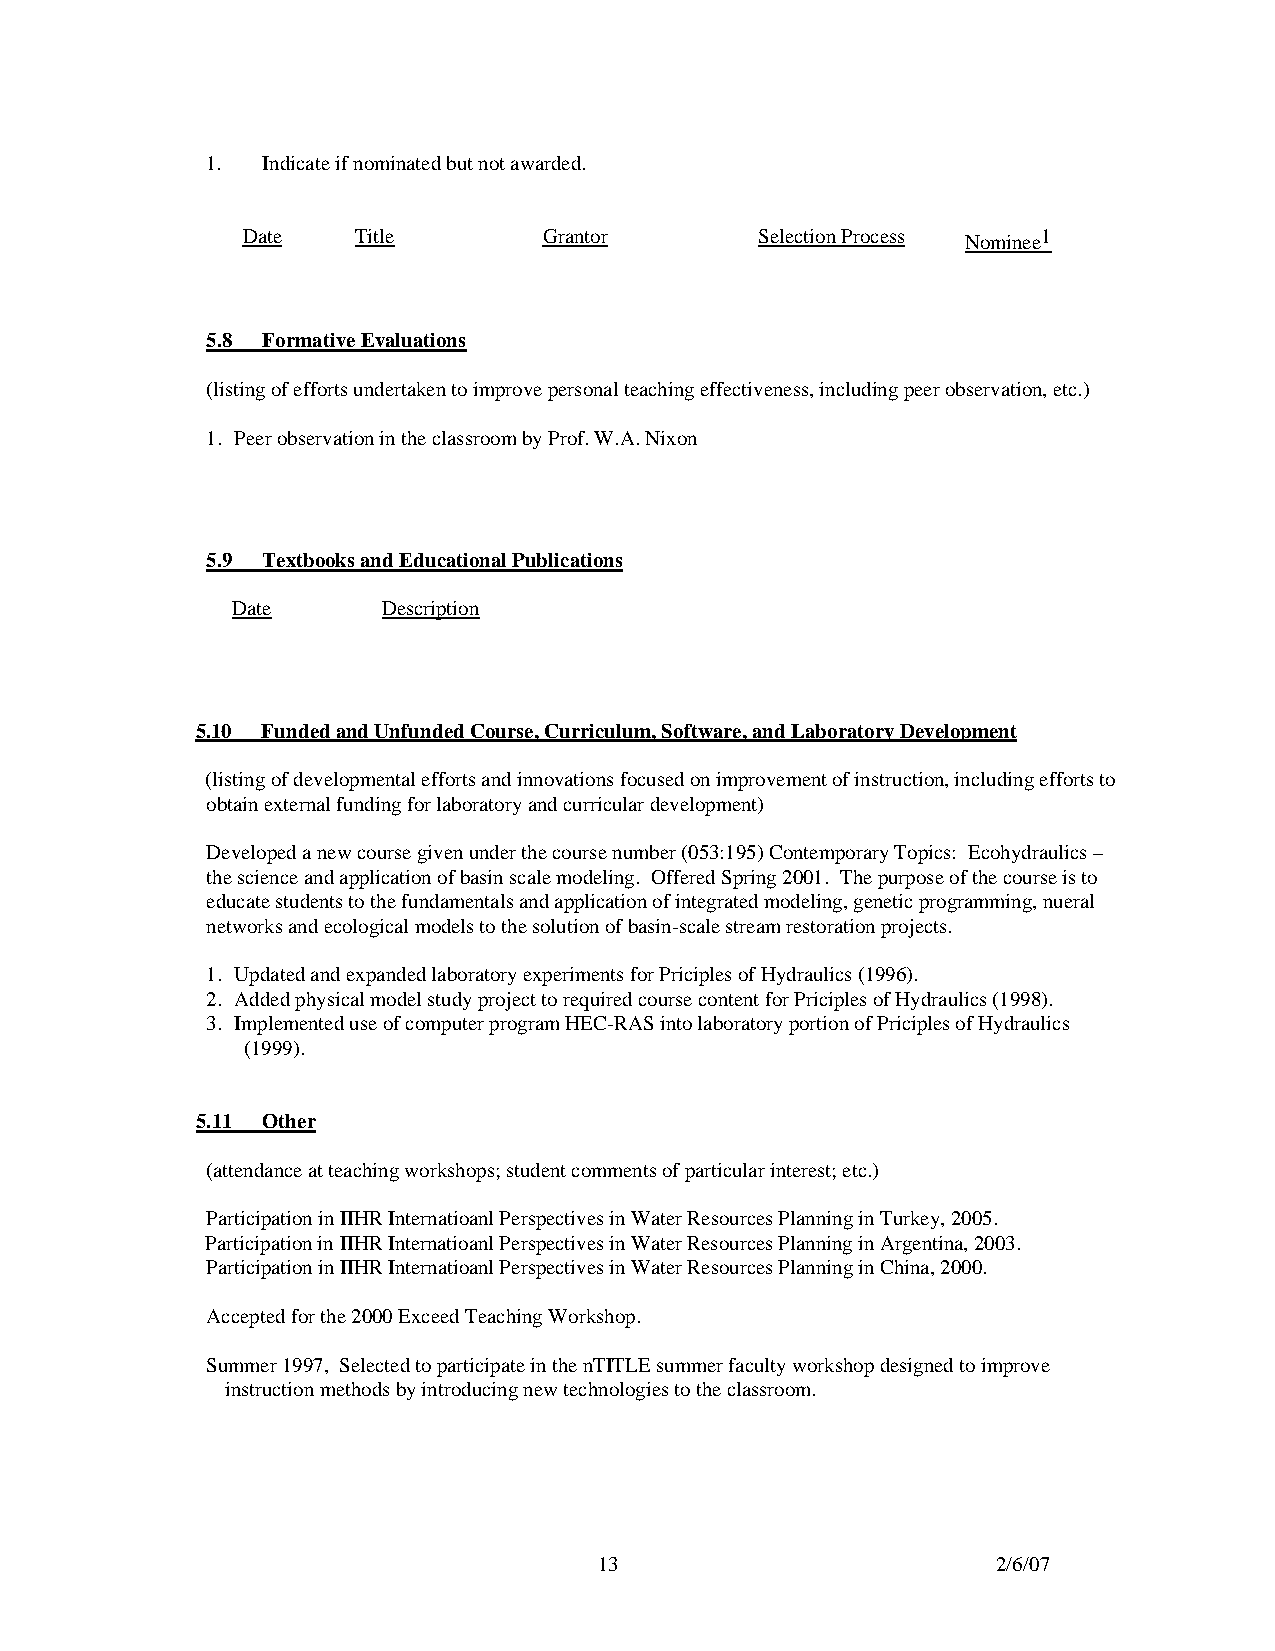
1. Indicate if nominated but not awarded.
 Date    Title       Grantor       Selection Process Nominee1
 5.8 Formative Evaluations
 (listing of efforts undertaken to improve personal teaching effectiveness, including peer observation, etc.)
 1. Peer observation in the classroom by Prof. W.A. Nixon
 5.9 Textbooks and Educational Publications
 Date      Description
 5.10 Funded and Unfunded Course, Curriculum, Software, and Laboratory Development
 (listing of developmental efforts and innovations focused on improvement of instruction, including efforts to
 obtain external funding for laboratory and curricular development)
 Developed a new course given under the course number (053:195) Contemporary Topics: Ecohydraulics –
 the science and application of basin scale modeling. Offered Spring 2001. The purpose of the course is to
 educate students to the fundamentals and application of integrated modeling, genetic programming, nueral
 networks and ecological models to the solution of basin-scale stream restoration projects.
 1. Updated and expanded laboratory experiments for Priciples of Hydraulics (1996).
 2. Added physical model study project to required course content for Priciples of Hydraulics (1998).
 3. Implemented use of computer program HEC-RAS into laboratory portion of Priciples of Hydraulics
 (1999).
 5.11 Other
 (attendance at teaching workshops; student comments of particular interest; etc.)
 Participation in IIHR Internatioanl Perspectives in Water Resources Planning in Turkey, 2005.
 Participation in IIHR Internatioanl Perspectives in Water Resources Planning in Argentina, 2003.
 Participation in IIHR Internatioanl Perspectives in Water Resources Planning in China, 2000.
 Accepted for the 2000 Exceed Teaching Workshop.
 Summer 1997, Selected to participate in the nTITLE summer faculty workshop designed to improve
 instruction methods by introducing new technologies to the classroom.
 13                        2/6/07